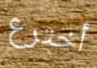
أخترع